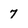
Character: 7